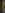
C